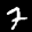
Label: 7